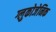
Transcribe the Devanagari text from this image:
ग्लुकोजेनिक